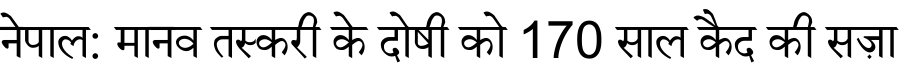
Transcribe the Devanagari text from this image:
नेपाल: मानव तस्करी के दोषी को 170 साल कैद की सज़ा